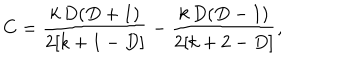
C = \frac { k \, D ( D + 1 ) } { 2 [ k + 1 - D ] } - \frac { k \, D ( D - 1 ) } { 2 [ k + 2 - D ] } ,